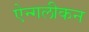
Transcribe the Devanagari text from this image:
ऐन्गलीकन